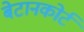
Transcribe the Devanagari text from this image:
बेटानकोर्ट